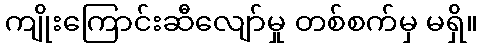
ကျိုးကြောင်းဆီလျော်မှု တစ်စက်မှ မရှိ။